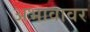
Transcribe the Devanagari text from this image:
अभावावर